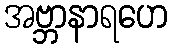
အဗ္ဘာနာရဟေ